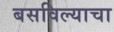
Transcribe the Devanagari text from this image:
बसविल्याचा